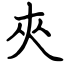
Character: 夾